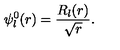
\psi _ { l } ^ { 0 } ( r ) = \frac { R _ { l } ( r ) } { \sqrt { r } } .